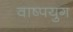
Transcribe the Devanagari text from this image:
वाष्पयुग